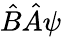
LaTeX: {\hat{B}}{\hat{A}}\psi